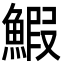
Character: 鰕